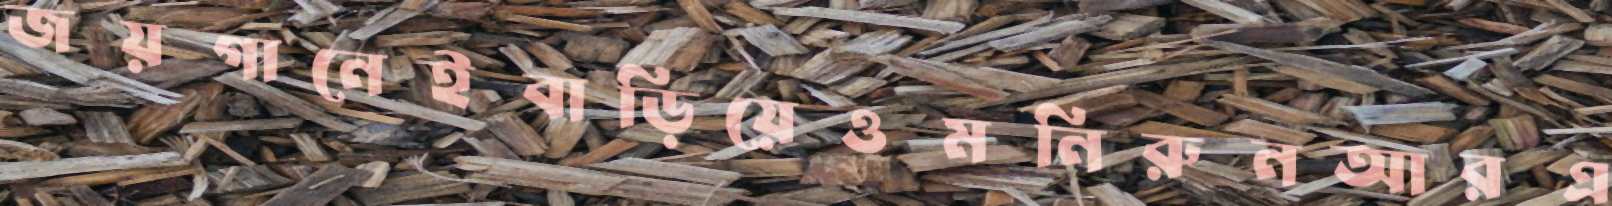
জয়গানেইবাড়িয়েওমনিরুনআরএ